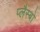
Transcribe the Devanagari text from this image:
प्लैस्बो